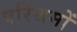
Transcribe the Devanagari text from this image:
परिश्रमों